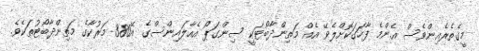
މީގެތެރެއިންވެސް އެންމެ ފާހަގަކޮށްލެވޭ އެއް މަތިންދާބޯޓަކީ ސިންގަޕޯ އެއާލައިންސްގެ އޭ380 މަރުކާގެ މަތިންދާބޯޓުތަކެވެ.